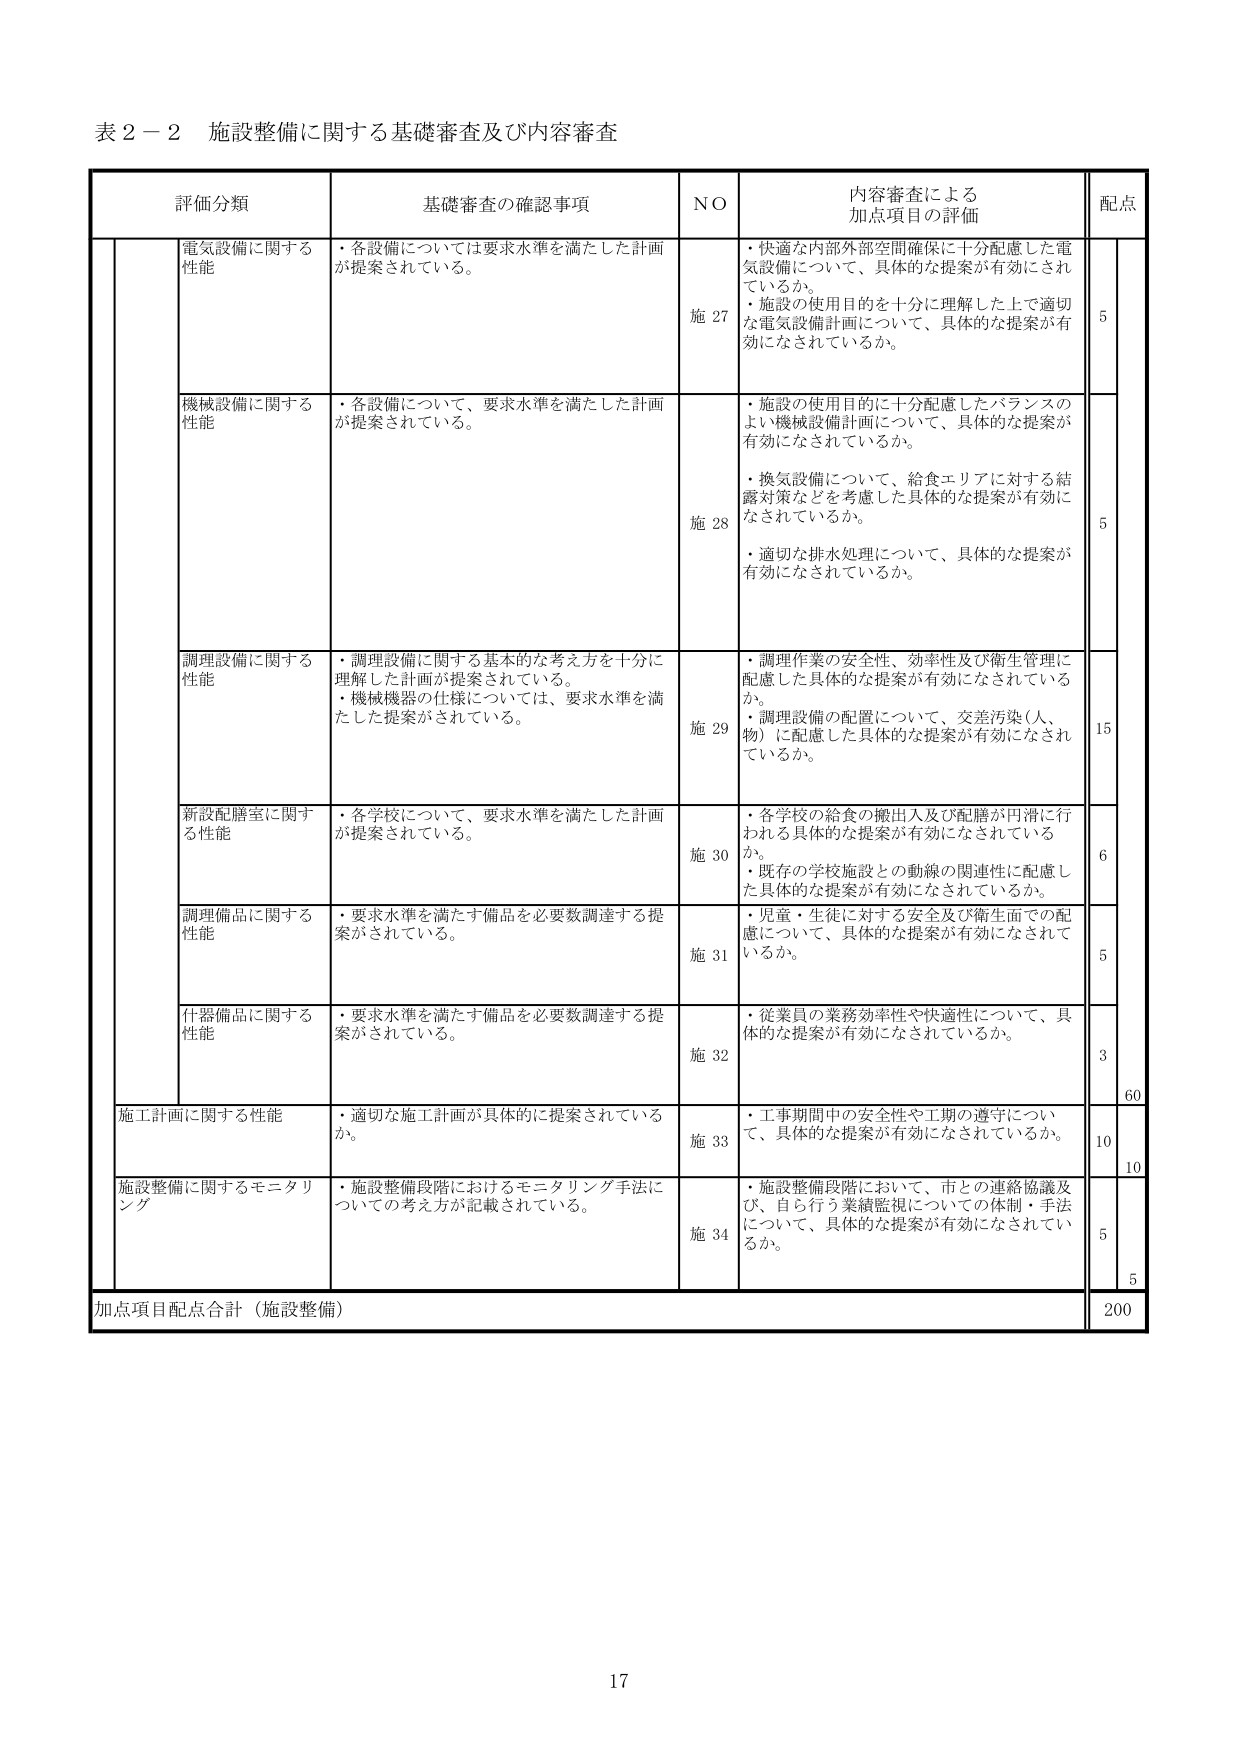
表２－２ 施設整備に関する基礎審査及び内容審査

評価分類 基礎審査の確認事項 NO 内容審査による加点項目の評価 配点

電気設備に関する性能 ・各設備については要求水準を満たした計画が提案されている。 施27 ・快適な内部外部空間確保に十分配慮した電気設備について、具体的な提案が有効にされているか。 ・施設の使用目的を十分に理解した上で適切な電気設備計画について、具体的な提案が有効になされているか。 5

機械設備に関する性能 ・各設備について、要求水準を満たした計画が提案されている。 施28 ・施設の使用目的に十分配慮したバランスのよい機械設備計画について、具体的な提案が有効になされているか。 ・換気設備について、給食エリアに対する結露対策などを考慮した具体的な提案が有効になされているか。 ・適切な排水処理について、具体的な提案が有効になされているか。 5

調理設備に関する性能 ・調理設備に関する基本的な考え方を十分に理解した計画が提案されている。 ・機械機器の仕様については、要求水準を満たした提案がされている。 施29 ・調理作業の安全性、効率性及び衛生管理に配慮した具体的な提案が有効になされているか。 ・調理設備の配置について、交差汚染（人、物）に配慮した具体的な提案が有効になされているか。 15

新設配膳室に関する性能 ・各学校について、要求水準を満たした計画が提案されている。 施30 ・各学校の給食の搬出入及び配膳が円滑に行われる具体的な提案が有効になされているか。 ・既存の学校施設との動線の関連性に配慮した具体的な提案が有効になされているか。 6

調理備品に関する性能 ・要求水準を満たす備品を必要数調達する提案がされている。 施31 ・児童・生徒に対する安全及び衛生面での配慮について、具体的な提案が有効になされているか。 5

什器備品に関する性能 ・要求水準を満たす備品を必要数調達する提案がされている。 施32 ・従業員の業務効率性や快適性について、具体的な提案が有効になされているか。 3

60

施工計画に関する性能 ・適切な施工計画が具体的に提案されているか。 施33 ・工事期間中の安全性や工期の遵守について、具体的な提案が有効になされているか。 10

10

施設整備に関するモニタリング ・施設整備段階におけるモニタリング手法についての考え方が記載されている。 施34 ・施設整備段階において、市との連絡協議及び、自ら行う業績監視についての体制・手法について、具体的な提案が有効になされているか。 5

5

加点項目配点合計（施設整備） 200

17